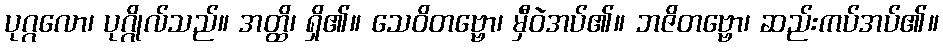
ပုဂ္ဂလော၊ ပုဂ္ဂိုလ်သည်။ အတ္ထိ၊ ရှိ၏။ သေဝိတဗ္ဗော၊ မှီဝဲအပ်၏။ ဘဇိတဗ္ဗော၊ ဆည်းကပ်အပ်၏။